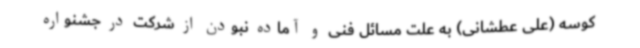
کوسه (علی عطشانی) به علت مسائل فنی و آماده نبودن از شرکت در جشنواره